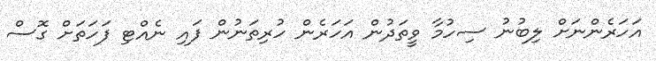
އަހަރެންނަށް ލިބުނު ސިހުމާ ވީތަދުން އަހަރެން ހުރިތަނުން ފައި ނެއްޓި ފަހަތަށް ގޮސް